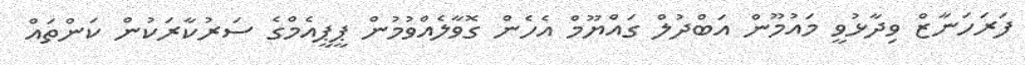
ފަރަހަނާޒް ވިދާޅުވީ މައުމޫން އަބްދުލް ގައްޔޫމް އެހެން ގޮވާލެއްވުމުން ޕީޕީއެމްގެ ސަރުކާރަކުން ކަންތައް